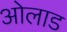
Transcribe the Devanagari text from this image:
ओलाड